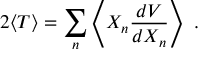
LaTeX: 2 \langle T \rangle = \sum _ { n } \left\langle X _ { n } { \frac { d V } { d X _ { n } } } \right\rangle ~ .